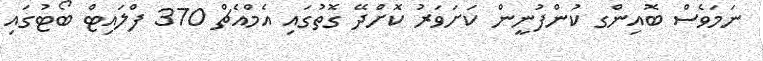
ނަމަވެސް ބޮއިންގ ކުންފުނީން ކަށަވަރު ކޮށްދޭ ގޮތުގައި އެމްއެޗް 370 ފްލައިޓް ބޯޓުގައި